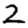
Digit: 2